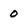
Character: 0